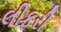
લીફરી